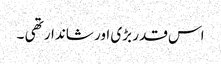
اس قدر بڑی اور شاندار تھی ۔